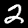
Digit: 2